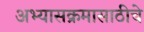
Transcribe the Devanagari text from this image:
अभ्यासक्रमासाठीचे